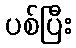
ပစ်ပြီး